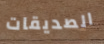
الصديقات